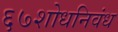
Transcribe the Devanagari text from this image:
६७शोधनिवंध